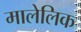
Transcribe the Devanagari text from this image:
मालेलिक